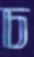
চ